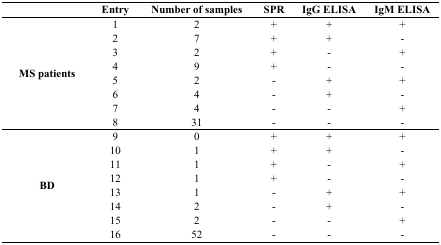
<table><thead><tr><td></td><td><b>Entry</b></td><td><b>Number of samples</b></td><td><b>SPR</b></td><td><b>IgG ELISA</b></td><td><b>IgM ELISA</b></td></tr></thead><tbody><tr><td rowspan="8"><b>MS patients</b></td><td>1</td><td>2</td><td>+</td><td>+</td><td>+</td></tr><tr><td>2</td><td>7</td><td>+</td><td>+</td><td>-</td></tr><tr><td>3</td><td>2</td><td>+</td><td>-</td><td>+</td></tr><tr><td>4</td><td>9</td><td>+</td><td>-</td><td>-</td></tr><tr><td>5</td><td>2</td><td>-</td><td>+</td><td>+</td></tr><tr><td>6</td><td>4</td><td>-</td><td>+</td><td>-</td></tr><tr><td>7</td><td>4</td><td>-</td><td>-</td><td>+</td></tr><tr><td>8</td><td>31</td><td>-</td><td>-</td><td>-</td></tr><tr><td rowspan="8"><b>BD</b></td><td>9</td><td>0</td><td>+</td><td>+</td><td>+</td></tr><tr><td>10</td><td>1</td><td>+</td><td>+</td><td>-</td></tr><tr><td>11</td><td>1</td><td>+</td><td>-</td><td>+</td></tr><tr><td>12</td><td>1</td><td>+</td><td>-</td><td>-</td></tr><tr><td>13</td><td>1</td><td>-</td><td>+</td><td>+</td></tr><tr><td>14</td><td>2</td><td>-</td><td>+</td><td>-</td></tr><tr><td>15</td><td>2</td><td>-</td><td>-</td><td>+</td></tr><tr><td>16</td><td>52</td><td>-</td><td>-</td><td>-</td></tr></tbody></table>